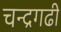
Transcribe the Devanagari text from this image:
चन्द्रगढी